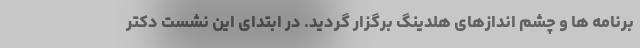
برنامه ها و چشم اندازهای هلدینگ برگزار گردید. در ابتدای این نشست دکتر